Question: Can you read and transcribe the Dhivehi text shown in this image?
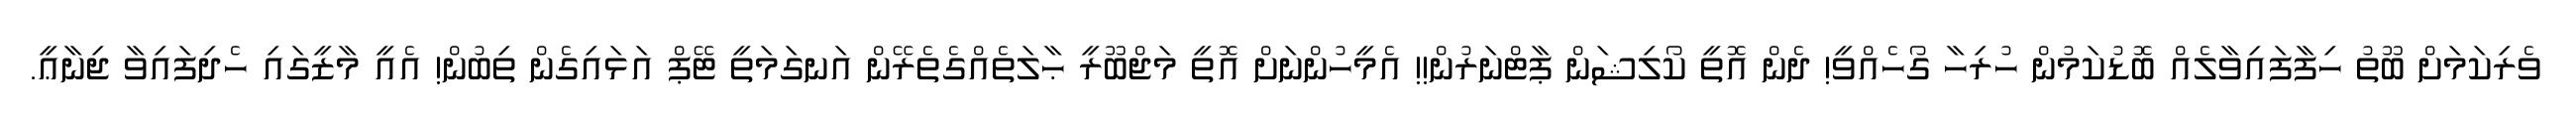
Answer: ވެރިކަމަށް ބޫތު ހިފާފައިވާލެއް ބޮޑުކަމުން ހުރިހާ ގޯހެއްވީ! ދެން އޮތީ ކޯލިޝަން ޕާޓްނަރުން!! އެމީހުންނަށް އޮތީ މަޖްބޫރީ ޙާލަތެއްގެތެރޭން އަނގަމަތީ ޓޭޕް އަޅައިގެން ތިބުން! އެއީ މާޒީގައި ހެދިފައިވާ ޖިނާޢީ.